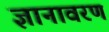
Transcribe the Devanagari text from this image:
ज्ञानावरण